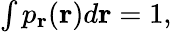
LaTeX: \begin{array}{r}{\int p_{\mathbf{r}}(\mathbf{r})d\mathbf{r}=1,}\end{array}